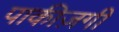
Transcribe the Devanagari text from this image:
पाकीज़गी